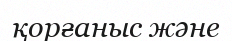
қорғаныс және